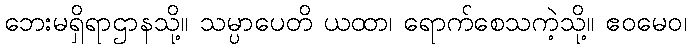
ဘေးမရှိရာဌာနသို့။ သမ္ပာပေတိ ယထာ၊ ရောက်စေသကဲ့သို့။ ဧဝမေဝ၊